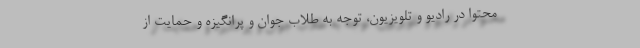
محتوا در رادیو و تلویزیون، توجه به طلاب جوان و پرانگیزه و حمایت از